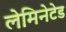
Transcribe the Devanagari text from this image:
लेमिनेटेड